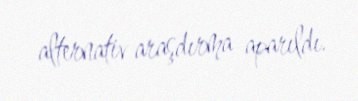
alternativ araşdırma aparıldı.